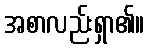
အစာလည်းရှာ၏။